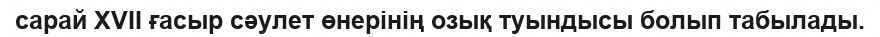
сарай XVII ғасыр сәулет өнерінің озық туындысы болып табылады.